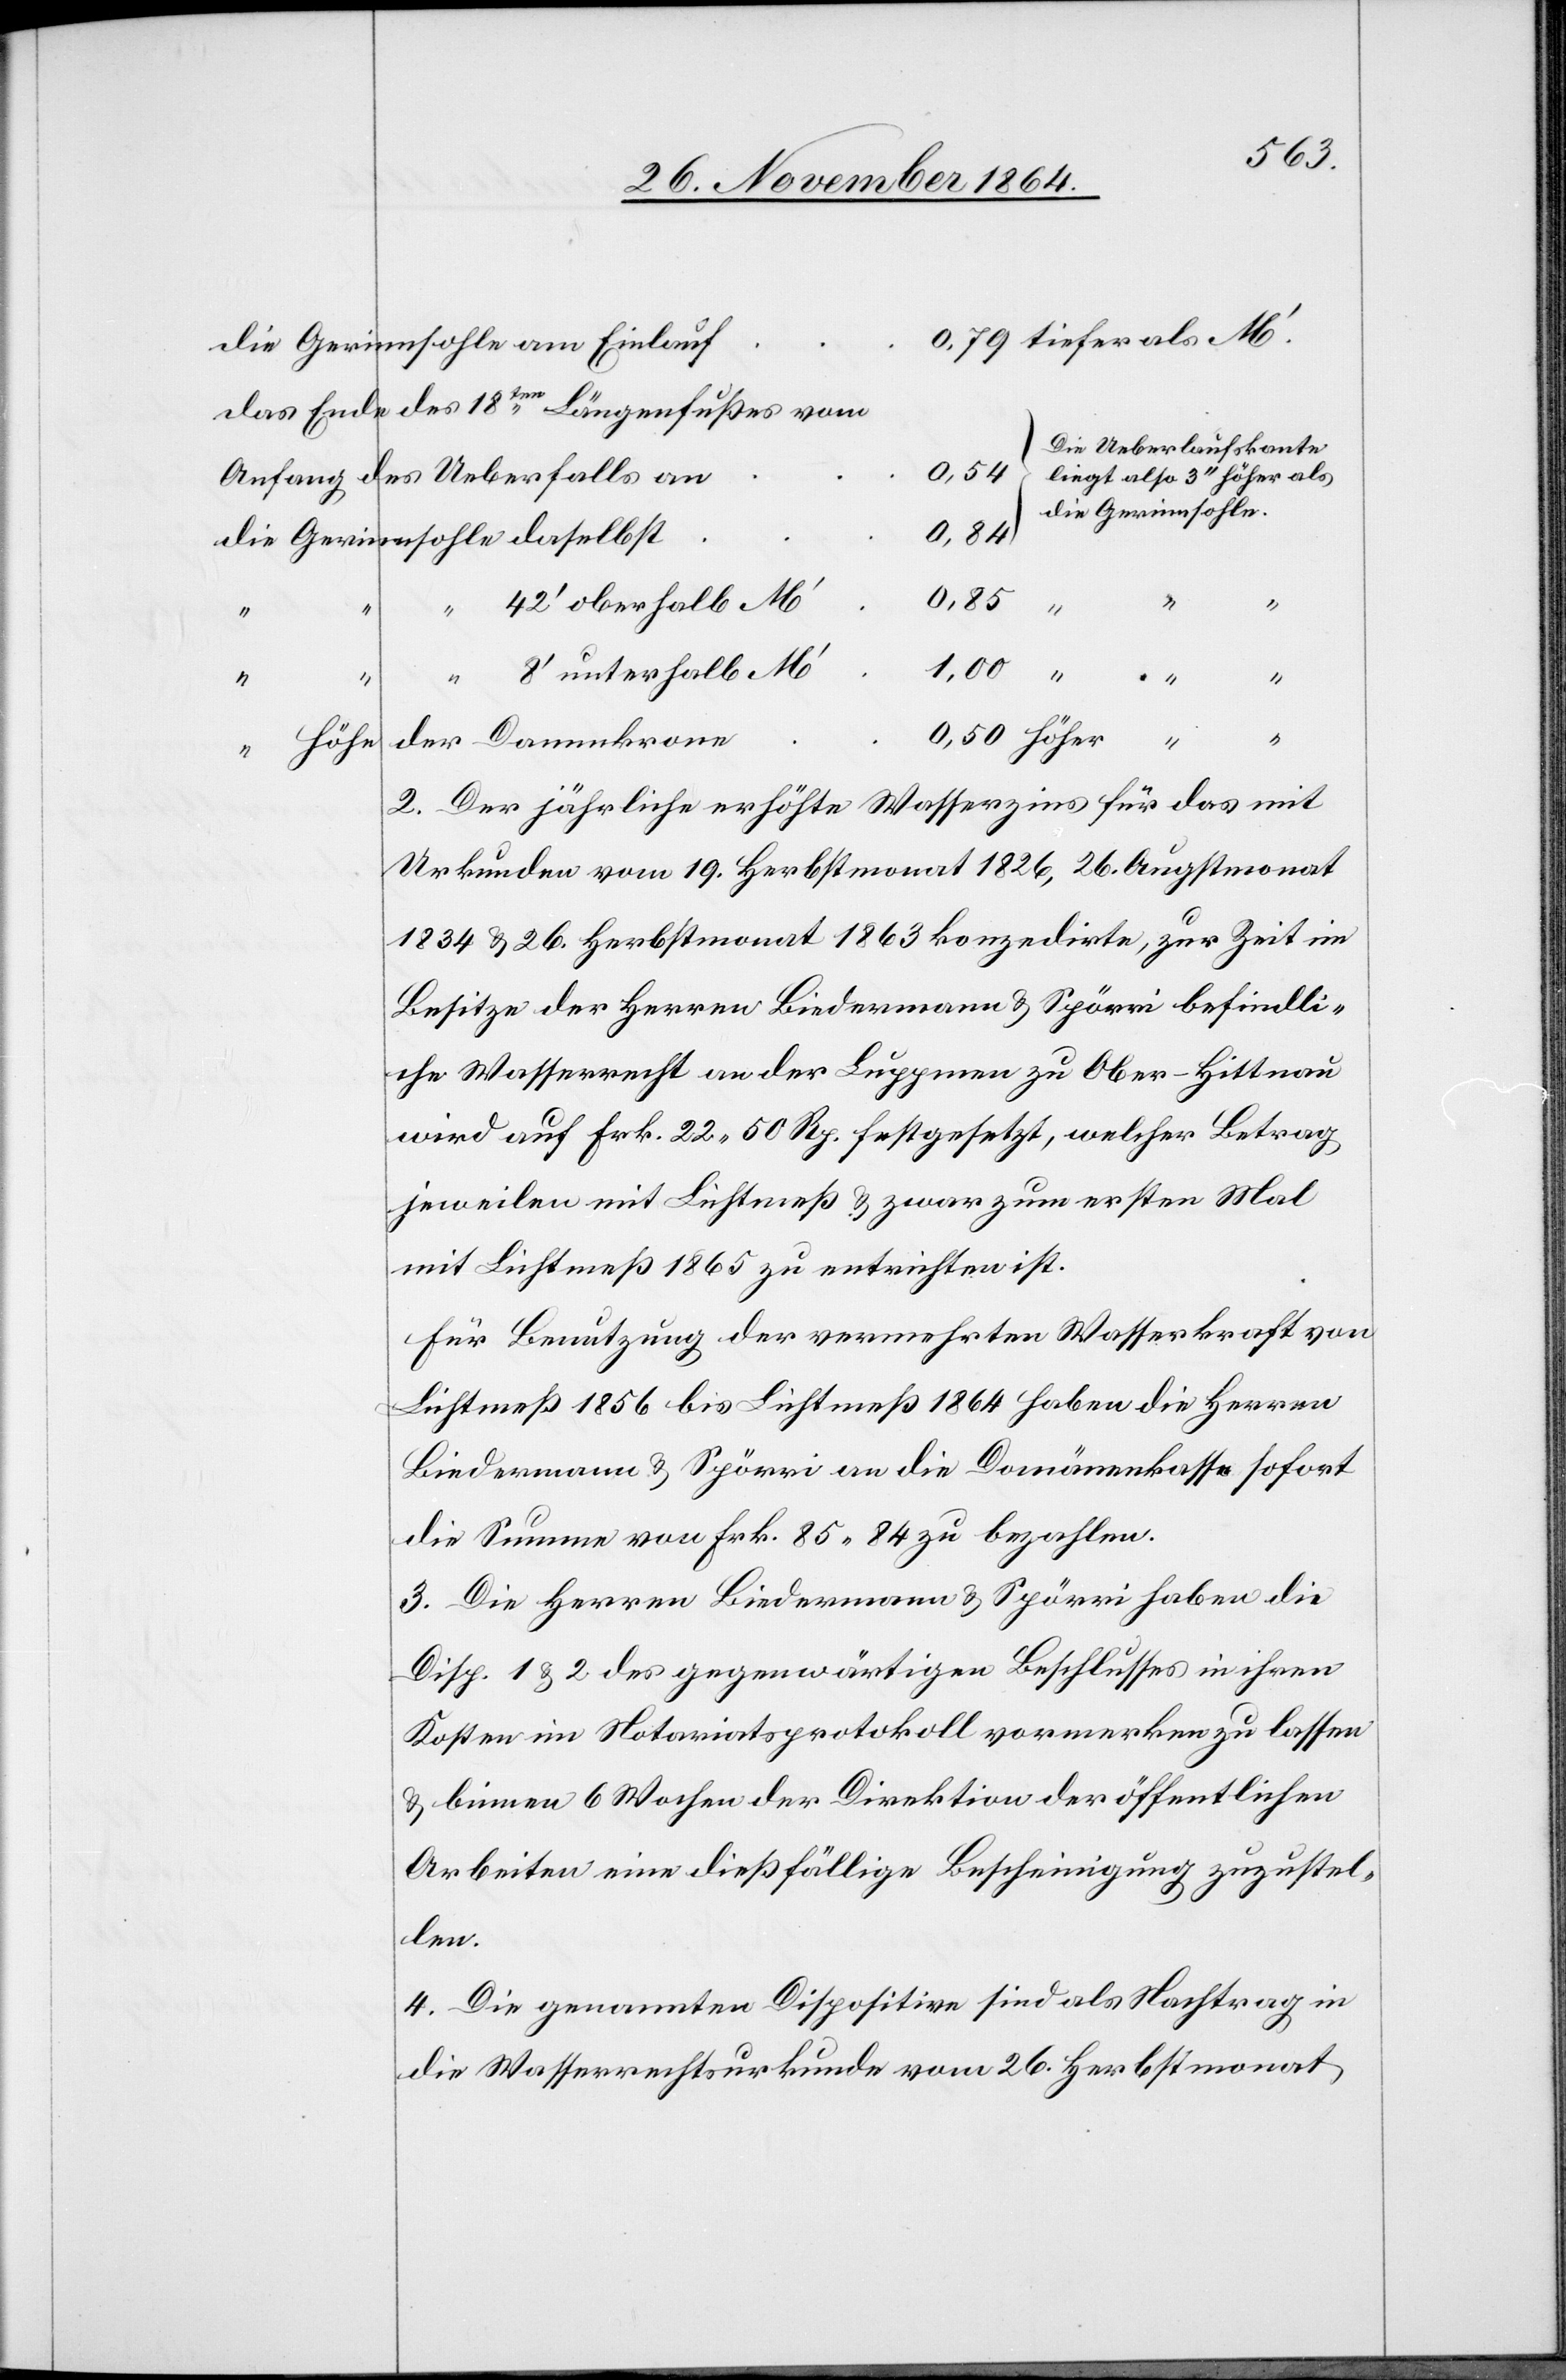
die Gerinnsohle am Einlauf
das Ende des 18ten Längenfußes vom
Die Ueberfallskante
0,54
Anfang des Ueberfalls an
liegt also 3’’ höher als
die Gerinnsohle.
0,84
0,50
42’ oberhalb M’
8’ unterhalb M’
“
der Dammkrone
“
höher
2. Der jährliche erhöhte Wasserzins für das mit
Urkunden vom 19. Herbstmonat 1826, 26. Augstmonat
1834 & 26. Herbstmonat 1863 konzedirte, zur Zeit im
Besitze der Herren Biedermann & Spörri befindli¬
che Wasserrecht an der Luppmen zu Ober-Hittnau
wird auf Frk. 22.50 Rp. festgesetzt, welcher Betrag
jeweilen mit Lichtmeß & zwar zum ersten Mal
mit Lichtmeß 1865 zu entrichten ist.
Für Benutzung der vermehrten Wasserkraft von
Lichtmeß 1856 bis Lichtmeß 1864 haben die Herren
Biedermann & Spörri an die Domänenkasse sofort
die Summe von Frk. 85.84 zu bezahlen.
3. Die Herren Biedermann & Spörri haben die
Disp. 1 & 2 des gegenwärtigen Beschlusses in ihren
Kosten im Notariatsprotokoll vormerken zu lassen
& binnen 6 Wochen der Direktion der öffentlichen
Arbeiten eine dießfällige Bescheinigung zuzustel¬
len.
4. Die genannten Dispositionen sind als Nachtrag in
die Wasserrechtsurkunde vom 26. Herbstmonat